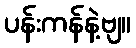
ပန်းကန်နဲ့ဗျ။